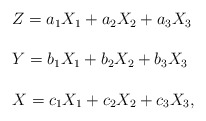
\begin{align*} \begin{array}{lll}Z=a_1X_1+a_2X_2+a_3X_3\ \\\\Y=b_1X_1+b_2X_2+b_3X_3\ \\\\X=c_1X_1+c_2X_2+c_3X_3,\end{array}\end{align*}